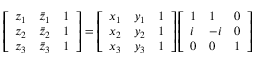
\left[ \begin{array} { l l l } { z _ { 1 } } & { \bar { z } _ { 1 } } & { 1 } \\ { z _ { 2 } } & { \bar { z } _ { 2 } } & { 1 } \\ { z _ { 3 } } & { \bar { z } _ { 3 } } & { 1 } \end{array} \right] = \left[ \begin{array} { l l l } { x _ { 1 } } & { y _ { 1 } } & { 1 } \\ { x _ { 2 } } & { y _ { 2 } } & { 1 } \\ { x _ { 3 } } & { y _ { 3 } } & { 1 } \end{array} \right] \left[ \begin{array} { l l l } { 1 } & { 1 } & { 0 } \\ { i } & { - i } & { 0 } \\ { 0 } & { 0 } & { 1 } \end{array} \right]